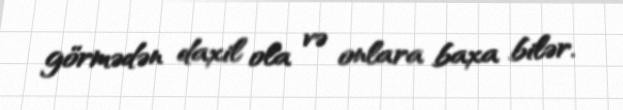
görmədən daxil ola və onlara baxa bilər.